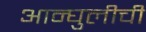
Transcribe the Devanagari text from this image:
आन्घुलीची